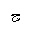
Letter: _gim